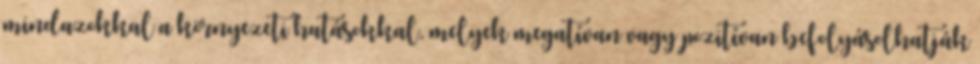
mindazokkal a környezeti hatásokkal, melyek megatívan vagy pozitívan befolyásolhatják